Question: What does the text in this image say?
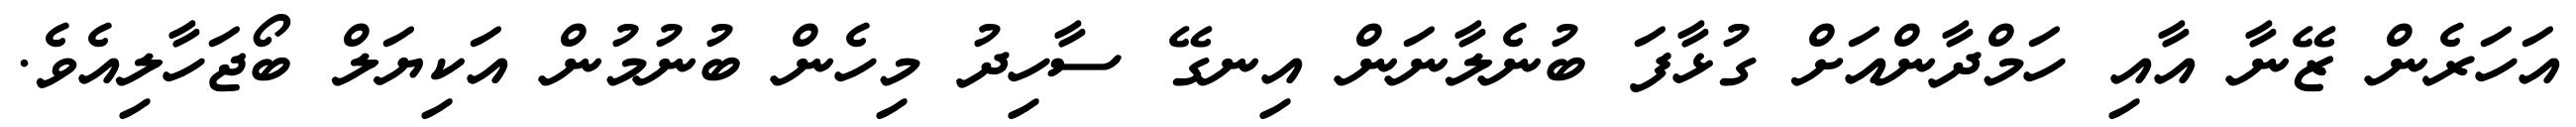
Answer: އަހަރެން ޒޭނާ އާއި ހަމްދާންއަށް ގުޅާފަ ބުނެލާނަން އިނގޭ ސާހިދު މިހެން ބުނުމުން އަކިޔަލް ބޯޖަހާލިއެވެ.